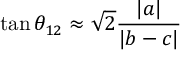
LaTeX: \tan \theta _ { 1 2 } \approx { \sqrt { 2 } \frac { | a | } { | b - c | } }